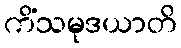
ကိံသမုဒယာတိ